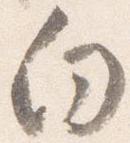
向